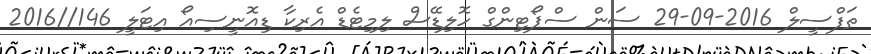
ތަފްސީލް 2016-09-29 ސަން ސްޕޯޓިންގް ހޮލިޑޭސް ލިމިޓެޑް އެރިކާ ޑިއޮނީސިއޯ އިޓަލީ 146//2016